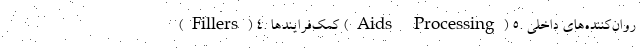
(Fillers) ۴. کمک‌فرایندها (Aids Processing) ۵. روان‌کننده‌های داخلی